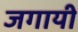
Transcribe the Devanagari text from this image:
जगायी